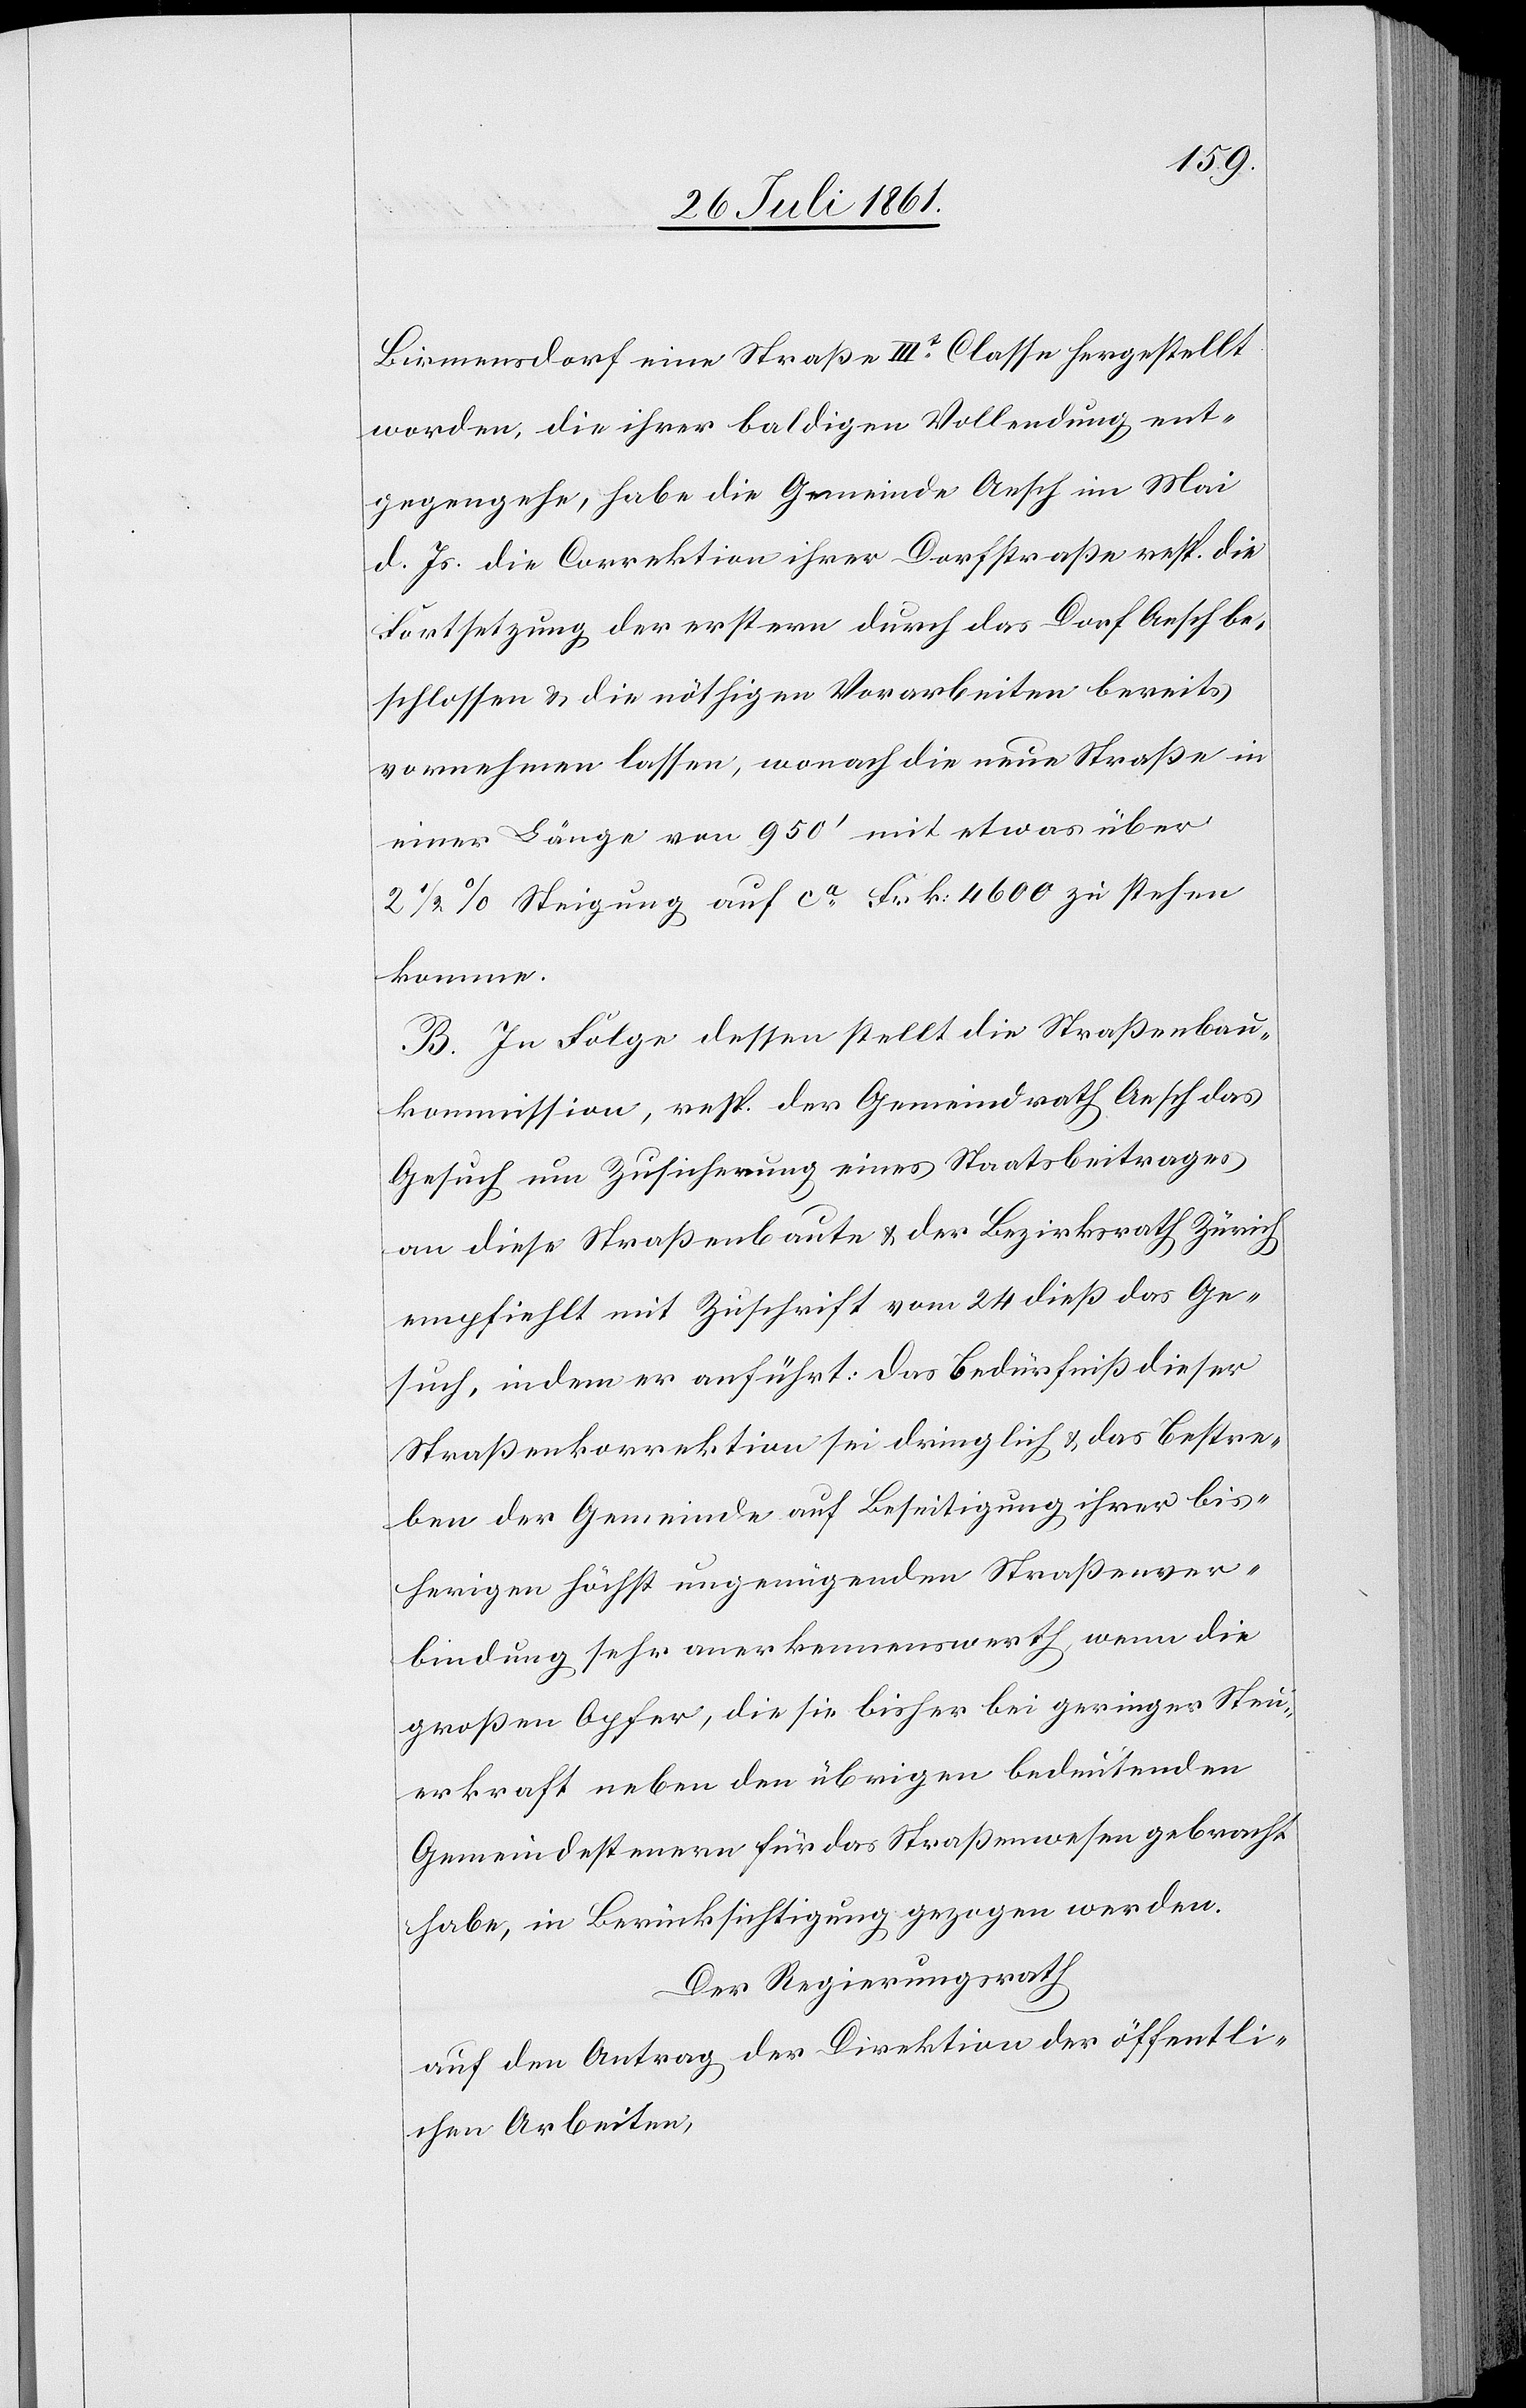
Birmensdorf eine Straße IIIt Classe hergestellt
worden, die ihrer baldigen Vollendung ent¬
gegengehe, habe die Gemeinde Aesch im Mai
d. Js. die Correktion ihrer Dorfstraße resp. die
Fortsetzung der erstern durch das Dorf Aesch be¬
schlossen u. die nöthigen Vorarbeiten bereits
vornehmen lassen, wonach die neue Straße in
einer Länge von 950’ mit etwas über
2 1/2 % Steigung auf ca Frk. 4600 zu stehen
komme.
B. In Folge dessen stellt die Straßenbau¬
kommission, resp. der Gemeindrath Aesch das
Gesuch um Zusicherung eines Staatsbeitrages
an diese Straßenbaute u. der Bezirksrath Zürich
empfiehlt mit Zuschrift vom 24 dieß das Ge¬
such, in dem er anführt: Das Bedürfniß dieser
Straßenkorrektion sei dringlich u. das Bestre¬
ben der Gemeinde auf Beseitigung ihrer bis¬
herigen höchst ungenügenden Straßenver¬
bindung sehr anerkennenswerth wenn die
großen Opfer, die sie bisher bei geringer Steu¬
erkraft neben den übrigen Straßenwesen
habe, in Berücksichtigung gezogen werden.
Der Regierungsrath
auf den Antrag der Direktion der öffentli¬
chen Arbeiten,